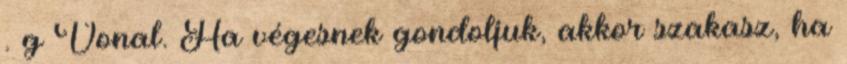
. g Vonal. Ha végesnek gondoljuk, akkor szakasz, ha